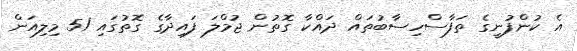
އެ ކުންފުނީގެ ތަފާސްހިސާބުތައް ދައްކާ ގޮތުން ޖުމްލަ ފައިދާގެ ގޮތުގައި 51 މިލިއަން